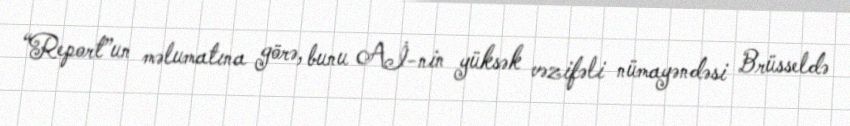
“Report”un məlumatına görə, bunu Aİ-nin yüksək vəzifəli nümayəndəsi Brüsseldə